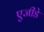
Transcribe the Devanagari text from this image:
एजीडे